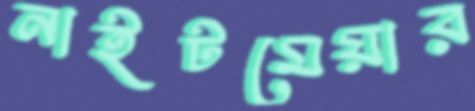
নাইটমেয়ার